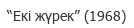
“Екі жүрек” (1968)